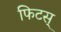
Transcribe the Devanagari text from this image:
फिटस्‌